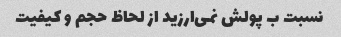
نسبت ب پولش نمی‌ارزید از لحاظ حجم و کیفیت